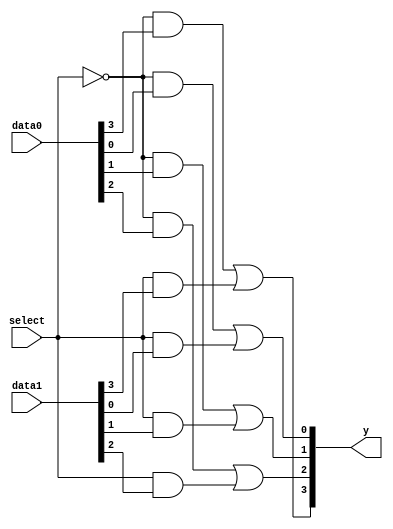
module mux2_4_booleanfunc(y, data0, data1, select);
  output [3:0]y;
  input [3:0] data1;
  input [3:0] data0;
  input select;
                
  assign y[0] = ~select & data0[0] | select & data1[0];
  assign y[1] = ~select & data0[1] | select & data1[1];
  assign y[2] = ~select & data0[2] | select & data1[2];
  assign y[3] = ~select & data0[3] | select & data1[3];
endmodule